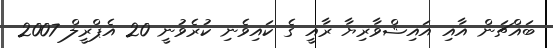
ބައްޗަން އާއި އައިޝްވާރިޔާ ރާއީ ގެ ކައިވެނި ކުރެވުނީ 20 އެޕްރީލް 2007